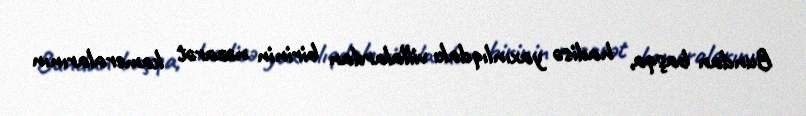
Bundan başqa, hadisə yaxınlıqdakı villalardan birinin nəzarət kameralarının